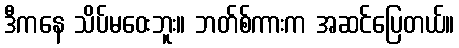
ဒီကနေ သိပ်မဝေးဘူး။ ဘတ်စ်ကားက အဆင်ပြေတယ်။